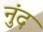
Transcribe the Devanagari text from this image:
नुंद